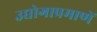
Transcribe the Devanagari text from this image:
उद्योगाप्रमाणें